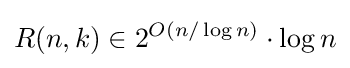
R(n,k)\in 2^{O(n/\log {n})}\cdot \log {n}